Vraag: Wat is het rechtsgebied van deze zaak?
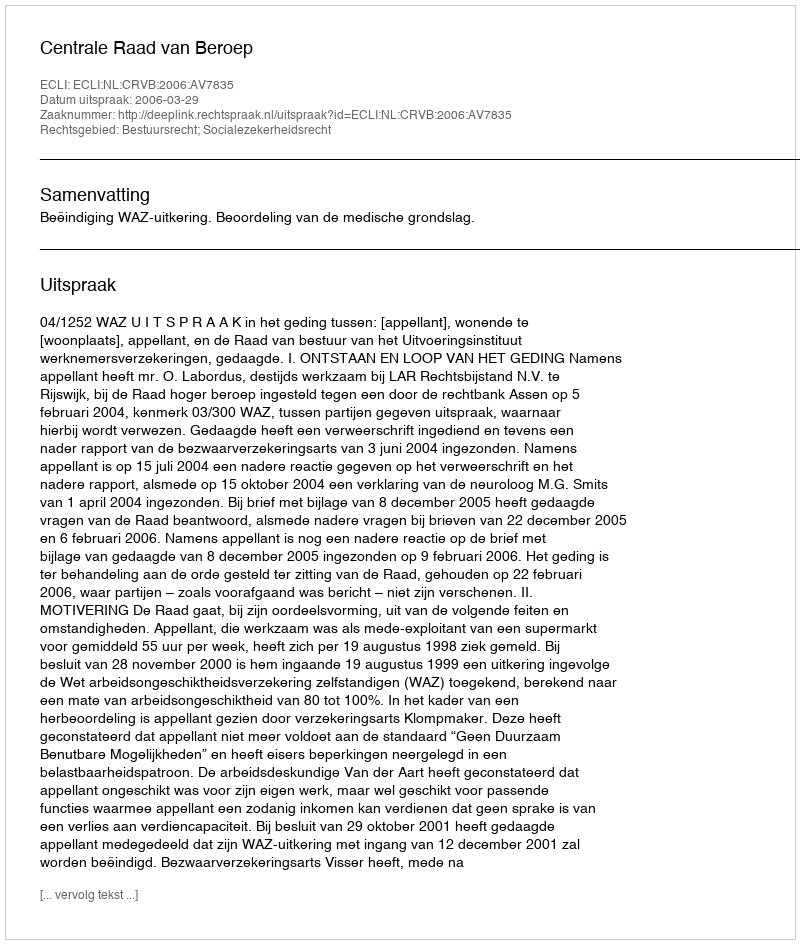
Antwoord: Bestuursrecht; Socialezekerheidsrecht